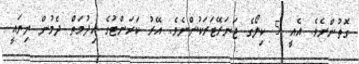
ގޮތުންނެވެ. އެއީ 5 ކިލޯގެ ޖަނަރޭޓަރަކުންނެވެ. އޭރު ކަރަންޓުގެ ޚިދުމަތް ދެމުން ދިޔައީ